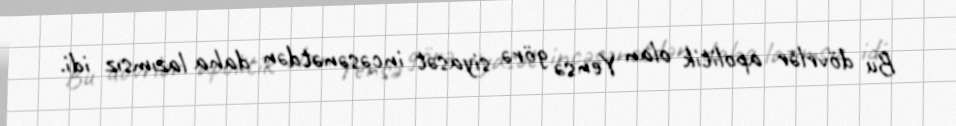
Bu dövrlər apolitik olan Yensə görə siyasət incəsənətdən daha lazımsız idi.